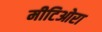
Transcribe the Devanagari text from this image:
मीटिओरा